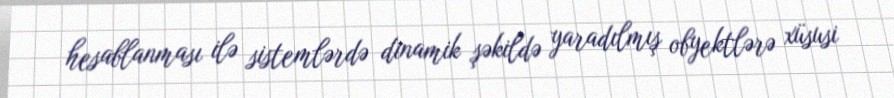
hesablanması ilə sistemlərdə dinamik şəkildə yaradılmış obyektlərə xüsusi